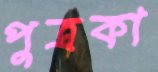
পুত্রকা